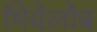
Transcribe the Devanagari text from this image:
मिचेलोब